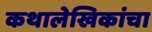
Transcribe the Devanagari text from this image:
कथालेखिकांचा